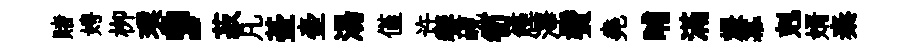
賭娉栁璞，菽凡䑓壷湯僅许饗峴筍簰澤鬢堯晡滿煨羃剋婿秦